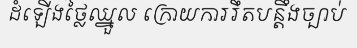
ដំឡើងថ្លៃឈ្នួល ក្រោយការរឹតបន្តឹងច្បាប់